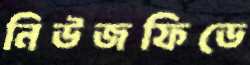
নিউজফিডে